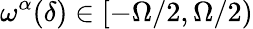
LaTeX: \omega^{\alpha}(\delta)\in[-\Omega/2,\Omega/2)